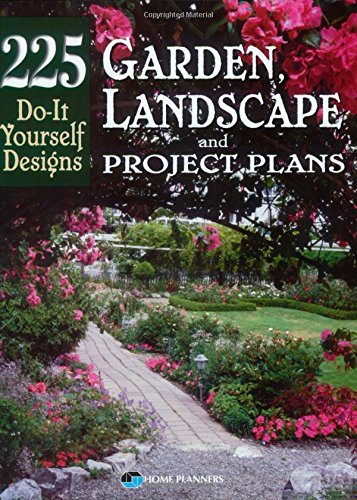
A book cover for Garden, Landscape, and Project Plans: 225 Do-It Yourself Designs; Crafts, Hobbies & Home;